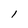
Character: l